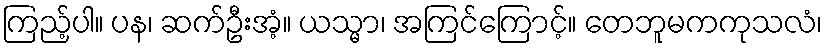
ကြည့်ပါ။ ပန၊ ဆက်ဦးအံ့။ ယသ္မာ၊ အကြင်ကြောင့်။ တေဘူမကကုသလံ၊